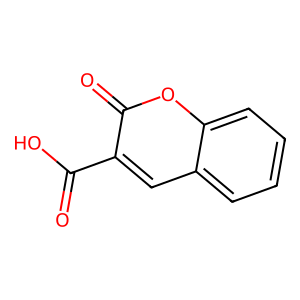
SMILES: O=C(O)c1cc2ccccc2oc1=O
Inhibits HIV replication: No